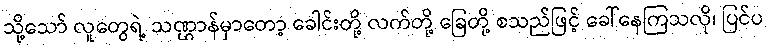
သို့သော် လူတွေရဲ့ သဏ္ဌာန်မှာတော့ ခေါင်းတို့ လက်တို့ ခြေတို့ စသည်ဖြင့် ခေါ်နေကြသလို၊ ပြင်ပ